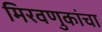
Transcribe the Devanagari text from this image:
मिरवणुकांचा